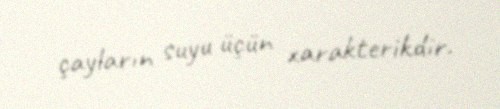
çayların suyu üçün xarakterikdir.